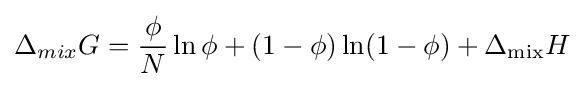
\Delta _{mix}G={\frac {\phi }{N}}\ln \phi +(1-\phi )\ln(1-\phi )+\Delta _{\operatorname {mix} }H